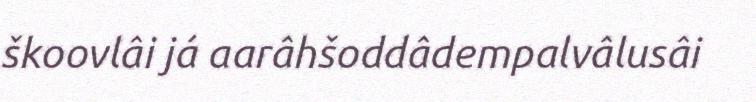
škoovlâi já aarâhšoddâdempalvâlusâi